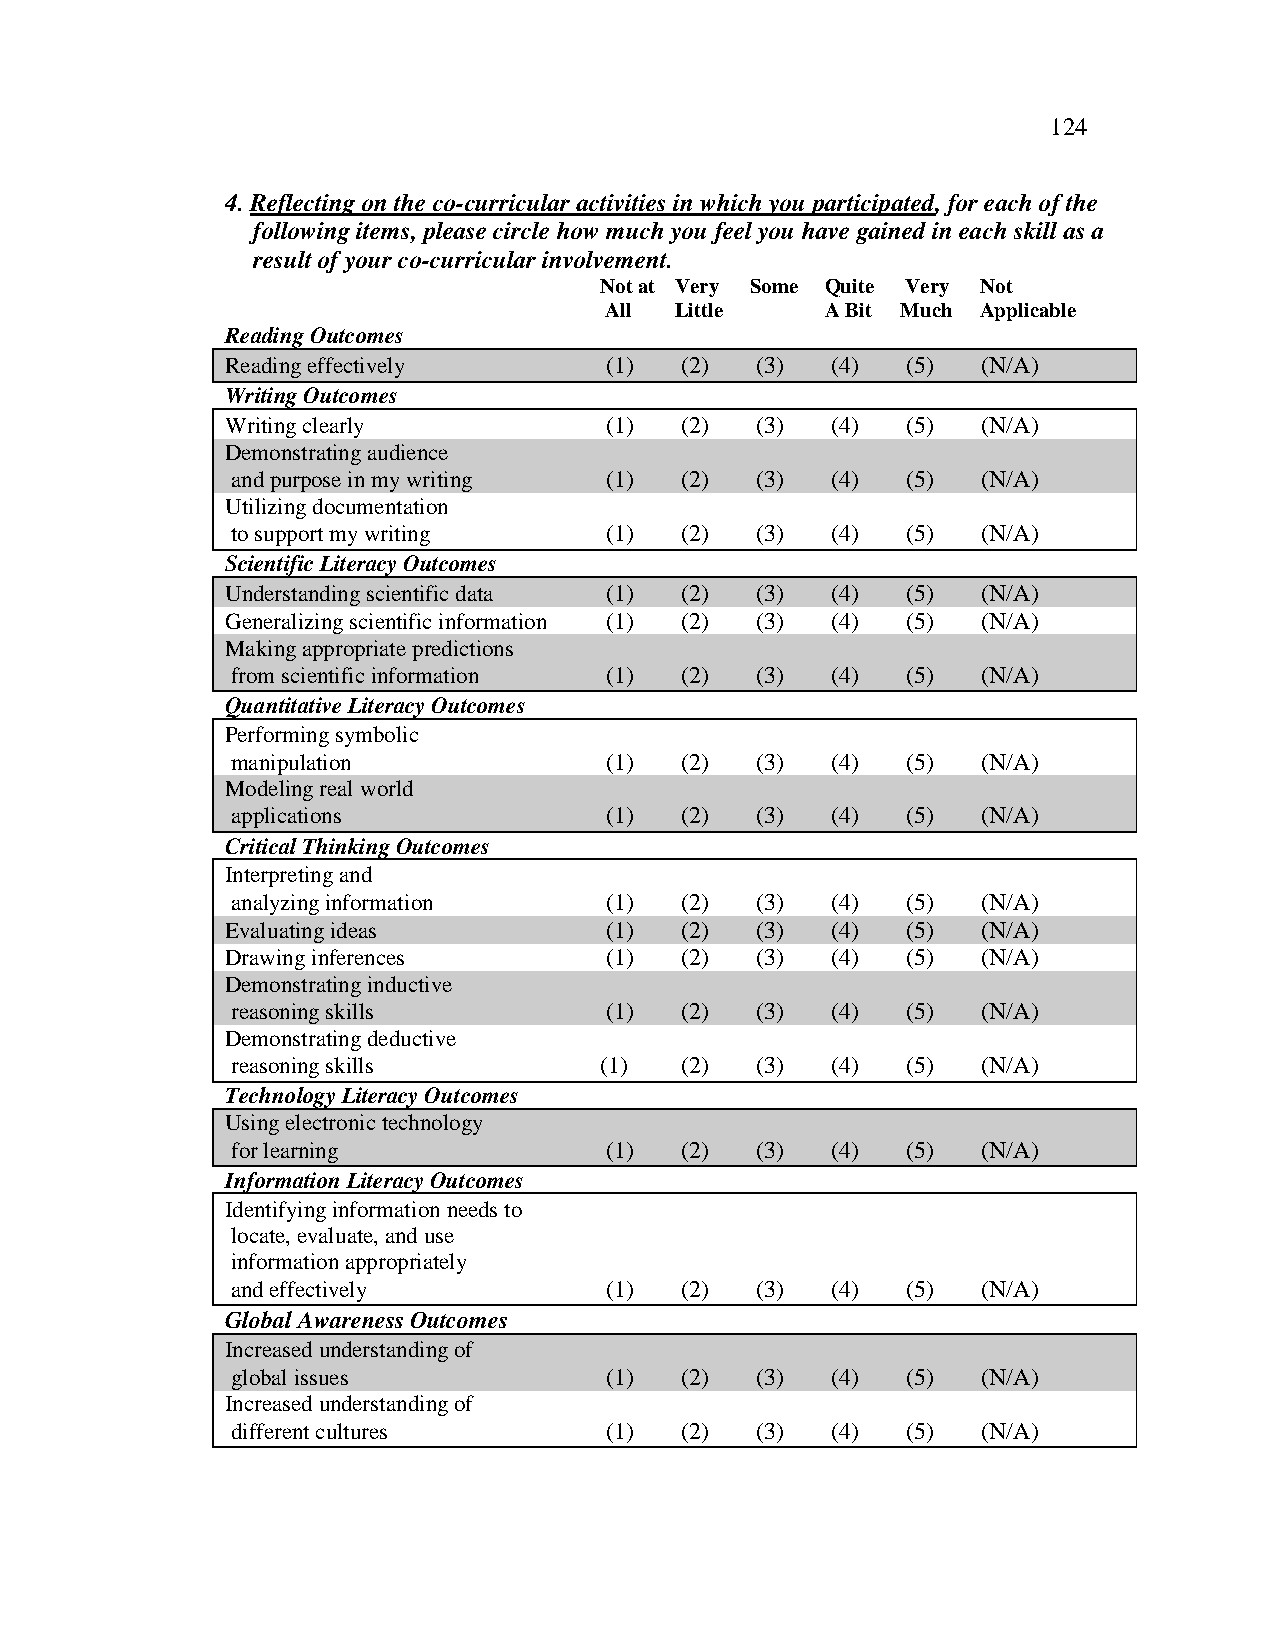
124
 4. Reflecting on the co-curricular activities in which you participated, for each of the
 following items, please circle how much you feel you have gained in each skill as a
 result of your co-curricular involvement.
 Not at Very Some Quite Very Not
 All  Little    A Bit Much Applicable
 Reading Outcomes
 Reading effectively      (1)  (2)  (3)  (4)  (5)  (N/A)
 Writing Outcomes
 Writing clearly          (1)  (2)  (3)  (4)  (5)  (N/A)
 Demonstrating audience
 and purpose in my writing (1) (2)  (3)  (4)  (5)  (N/A)
 Utilizing documentation
 to support my writing    (1)  (2)  (3)  (4)  (5)  (N/A)
 Scientific Literacy Outcomes
 Understanding scientific data (1) (2) (3) (4) (5) (N/A)
 Generalizing scientific information (1) (2) (3) (4) (5) (N/A)
 Making appropriate predictions
 from scientific information (1) (2) (3) (4)  (5)  (N/A)
 Quantitative Literacy Outcomes
 Performing symbolic
 manipulation             (1)  (2)  (3)  (4)  (5)  (N/A)
 Modeling real world
 applications             (1)  (2)  (3)  (4)  (5)  (N/A)
 Critical Thinking Outcomes
 Interpreting and
 analyzing information    (1)  (2)  (3)  (4)  (5)  (N/A)
 Evaluating ideas         (1)  (2)  (3)  (4)  (5)  (N/A)
 Drawing inferences       (1)  (2)  (3)  (4)  (5)  (N/A)
 Demonstrating inductive
 reasoning skills         (1)  (2)  (3)  (4)  (5)  (N/A)
 Demonstrating deductive
 reasoning skills         (1)  (2)  (3)  (4)  (5)  (N/A)
 Technology Literacy Outcomes
 Using electronic technology
 for learning             (1)  (2)  (3)  (4)  (5)  (N/A)
 Information Literacy Outcomes
 Identifying information needs to
 locate, evaluate, and use
 information appropriately
 and effectively          (1)  (2)  (3)  (4)  (5)  (N/A)
 Global Awareness Outcomes
 Increased understanding of
 global issues            (1)  (2)  (3)  (4)  (5)  (N/A)
 Increased understanding of
 different cultures       (1)  (2)  (3)  (4)  (5)  (N/A)